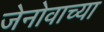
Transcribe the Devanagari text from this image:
जेनोवाच्या